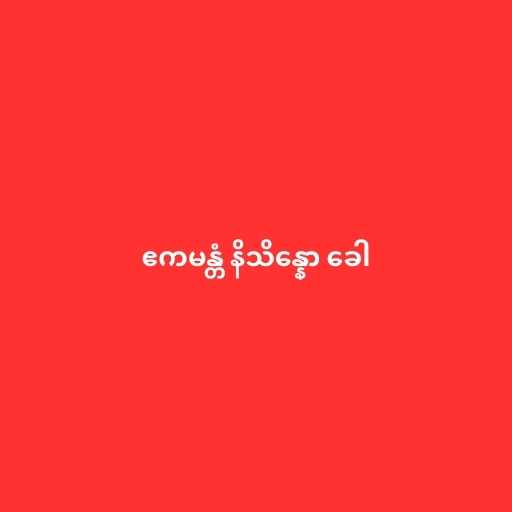
ဧကမန္တံ နိသိန္နော ခေါ